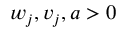
w _ { j } , v _ { j } , a > 0